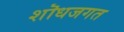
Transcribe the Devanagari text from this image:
शॊधजगत